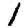
Digit: 1